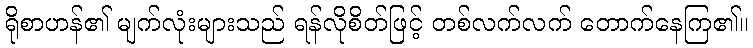
ရိုစာဟန်၏ မျက်လုံးများသည် ရန်လိုစိတ်ဖြင့် တစ်လက်လက် တောက်နေကြ၏။